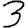
Digit: 3